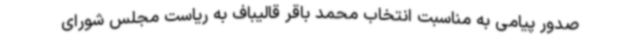
صدور پیامی به مناسبت انتخاب محمد باقر قالیباف به ریاست مجلس شورای